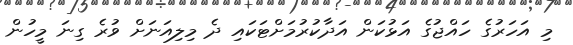
މި އަހަރުގެ ހައްޖުގެ އަޅުކަން އަދާކުރުމަށްޓަކައި ދެ މިލިއަނަށް ވުރެ ގިނަ މީހުން